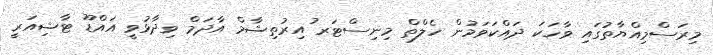
މިރަސްމިއްޔާތުގައި ވާހަކަ ދައްކަވަމުން ހެލްތް މިނިސްޓަރ ުއިރުތިޝާމް އާދަމް ވިދާޅުވީ އައްޑޫ ޓާޝިއަރީ